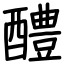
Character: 醴